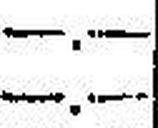
—.—